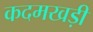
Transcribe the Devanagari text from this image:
कदमखड़ी